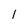
Character: 1